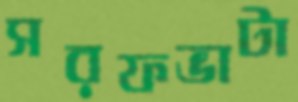
সরফভাটা